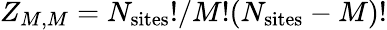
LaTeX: Z_{M,M}=N_{\mathrm{sites}}!/M!(N_{\mathrm{sites}}-M)!